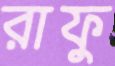
রাফু